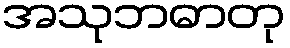
အသုဘဓာတု